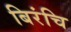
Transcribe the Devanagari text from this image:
बिरंचि